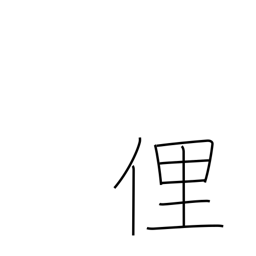
Meaning: ill mannered